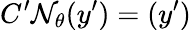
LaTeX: C^{\prime}\mathcal{N}_{\theta}(y^{\prime})=(y^{\prime})